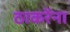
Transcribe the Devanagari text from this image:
ठाकरेंना